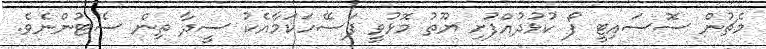
މެޗުން ސޮސައިޓީ ފޯ ކުޅުދުއްފުށި ޔޫތު މޮޅުވީ ފަސޭހަކަމާއެކު ސީދާ ތިން ސެޓުންނެވެ.